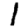
Digit: 1